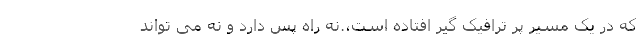
که در یک مسیر پر ترافیک گیر افتاده است،.نه راه پس دارد و نه می تواند